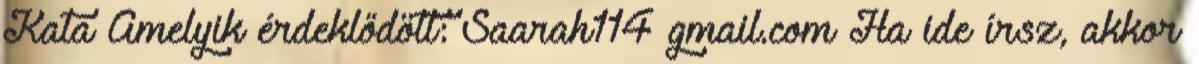
Kata Amelyik érdeklődött: Saarah114 gmail.com Ha ide írsz, akkor